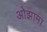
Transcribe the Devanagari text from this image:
ओझामा